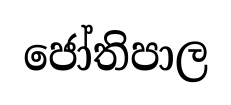
ජෝතිපාල